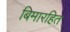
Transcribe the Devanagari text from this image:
बिमारहित